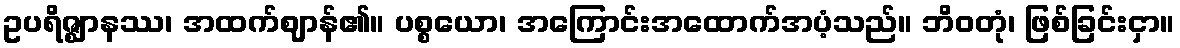
ဥပရိဇ္ဈာနဿ၊ အထက်ဈာန်၏။ ပစ္စယော၊ အကြောင်းအထောက်အပံ့သည်။ ဘိဝတုံ၊ ဖြစ်ခြင်းငှာ။